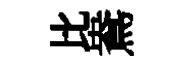
比鴦